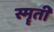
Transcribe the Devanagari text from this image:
स्मॄती